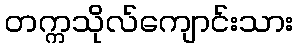
တက္ကသိုလ်ကျောင်းသား